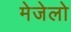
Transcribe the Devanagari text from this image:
मेजेलो